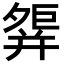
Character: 𢆢